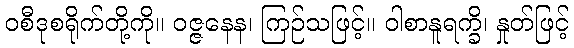
ဝစီဒုစရိုက်တို့ကို။ ဝဇ္ဇနေန၊ ကြဉ်သဖြင့်။ ဝါစာနူရက္ခိ၊ နှုတ်ဖြင့်